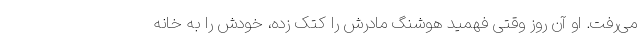
می‌رفت. او آن روز وقتی فهمید هوشنگ مادرش را کتک زده، خودش را به خانه